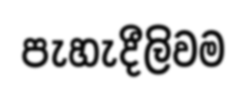
පැහැදීලිවම